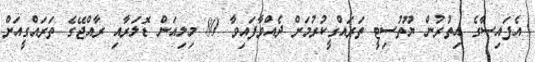
އެފައިސާގެ އިތުރުން ޔޫތުސިޓީ ތަރައްގީކުރުމަށް ދެއްވާފައިވާ 80 މިލިއަން ޑޮލަރާއި ރާއްޖޭގެ ތަރައްގީއަށް